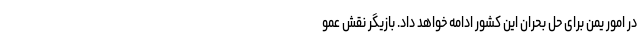
در امور یمن برای حل بحران این کشور ادامه خواهد داد. بازیگر نقش عمو